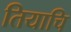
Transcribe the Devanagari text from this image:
तियाचि